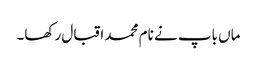
ماں باپ نے نام محمد اقبال رکھا۔